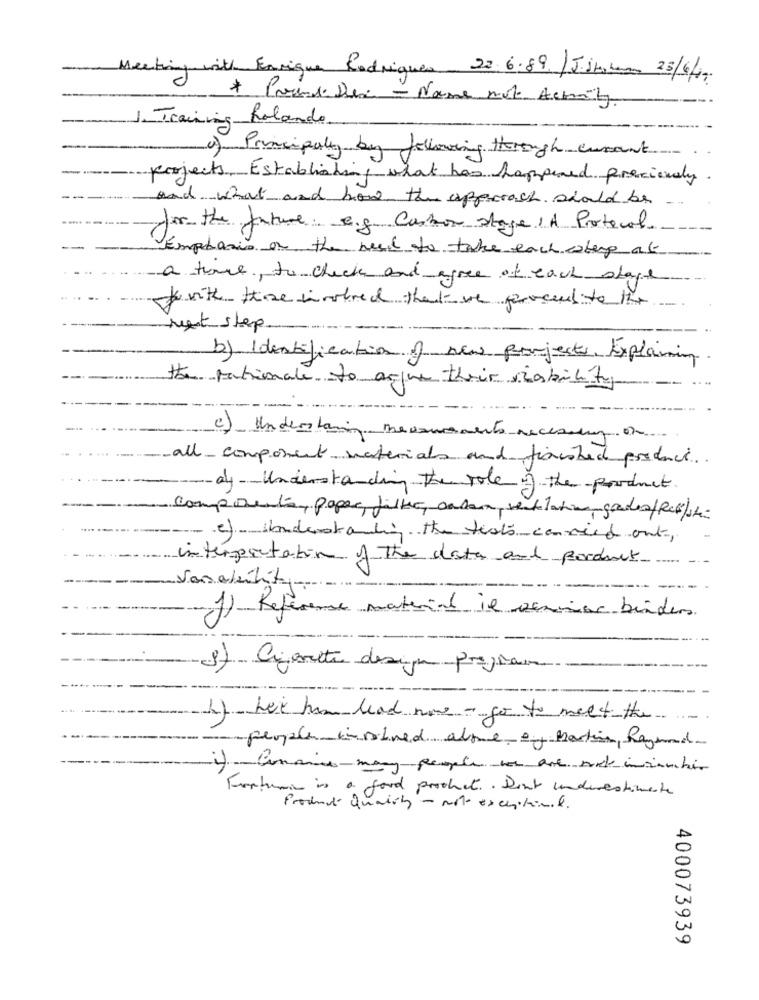
Enrique Rodrigues 22. 6.89. /Jijhomem 25/6/18
* Ponsedes - Name mit Acmity
--.
J. Training Rolando
(4) Principaly by following through curant
projects, Establishing what has happened preciously.
and what and how the approach should be -
for the future e.g. Cashon stage 1A Protocol
---
Emphasis on the need to take each step at
a time, to check and agree of each stage
towith thee wirshred that we procuutto the
rest step.
b) Identification of new projects, Explaining.
the rationale to argue their viability
--- ...
c) Understaring measurments necessary or
all_ component materials and finished product
ay-Understanding therole of the product.
components, paper, filter, cadaum, ventilation, grades/Resolute
e)- industat the tests carried out,
interpretation of The data and porduct
----- ---
Vanakilit
1) Reference material il seminar binders
3) Orizonte design projeteur
4) het ham lead none - go to meet the
people insitued alone of Martin, Ragad
i) -Conaine-many people we are not inianchio
Frontman in a food product .. Don't underestimate
Product Quality - note exceptional.
400073939